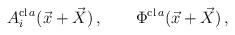
LaTeX: \begin{align*}A_{i}^{{\rm cl}\,a}(\vec{x}+\vec{X}) \, , \qquad \Phi^{{\rm cl}\,a}(\vec{x}+\vec{X}) \, , \end{align*}